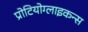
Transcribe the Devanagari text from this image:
प्रोटियोग्लाइकन्स